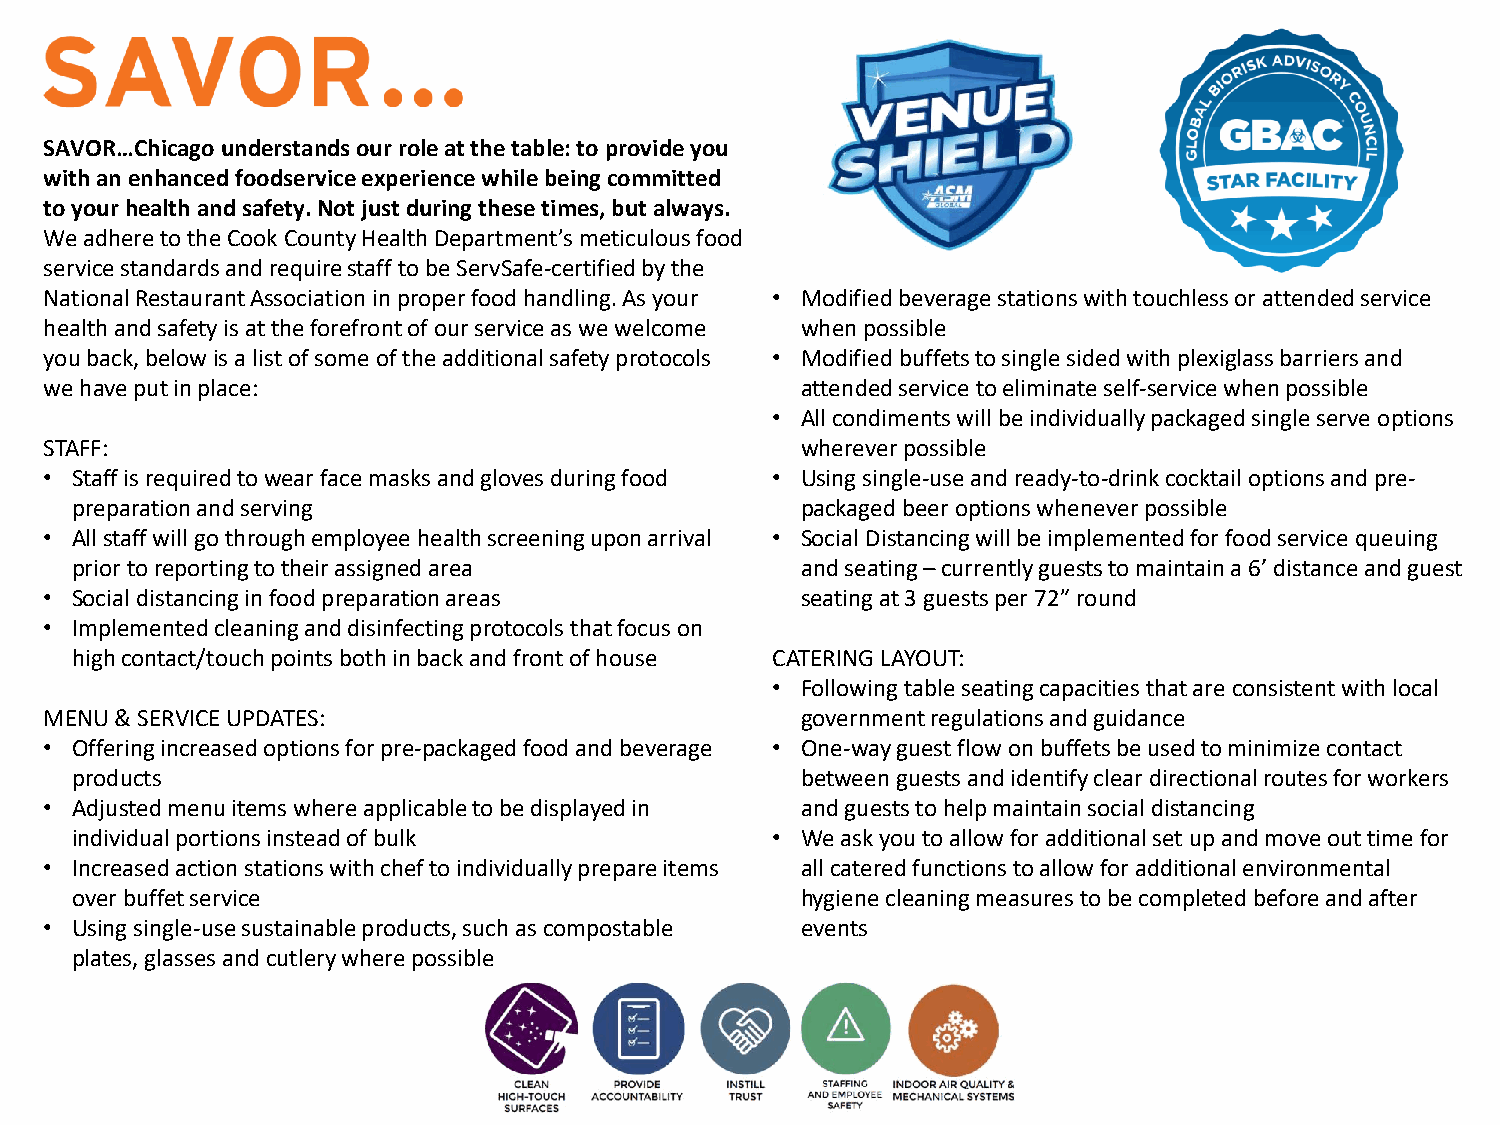
SAVOR…Chicago understands our role at the table: to provide you
 with an enhanced foodservice experience while being committed
 to your health and safety. Not just during these times, but always.
 We adhere to the Cook County Health Department’s meticulous food
 service standards and require staff to be ServSafe-certified by the
 National Restaurant Association in proper food handling. As your • Modified beverage stations with touchless or attended service
 health and safety is at the forefront of our service as we welcome when possible
 you back, below is a list of some of the additional safety protocols • Modified buffets to single sided with plexiglass barriers and
 we have put in place:                             attended service to eliminate self-service when possible
 • All condiments will be individually packaged single serve options
 STAFF:                                            wherever possible
 • Staff is required to wear face masks and gloves during food • Using single-use and ready-to-drink cocktail options and pre-
 preparation and serving                         packaged beer options whenever possible
 • All staff will go through employee health screening upon arrival • Social Distancing will be implemented for food service queuing
 prior to reporting to their assigned area       and seating –currently guests to maintain a 6’ distance and guest
 • Social distancing in food preparation areas     seating at 3 guests per 72” round
 • Implemented cleaning and disinfecting protocols that focus on
 high contact/touch points both in back and front of house CATERING LAYOUT:
 • Following table seating capacities that are consistent with local
 MENU & SERVICE UPDATES:                           government regulations and guidance
 • Offering increased options for pre-packaged food and beverage • One-way guest flow on buffets be used to minimize contact
 products                                        between guests and identify clear directional routes for workers
 • Adjusted menu items where applicable to be displayed in and guests to help maintain social distancing
 individual portions instead of bulk           • We ask you to allow for additional set up and move out time for
 • Increased action stations with chef to individually prepare items all catered functions to allow for additional environmental
 over buffet service                             hygiene cleaning measures to be completed before and after
 • Using single-use sustainable products, such as compostable events
 plates, glasses and cutlery where possible